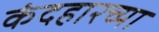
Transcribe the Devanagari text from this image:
कंदहारच्या